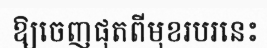
ឱ្យចេញផុតពីមុខរបរនេះ